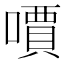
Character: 𠿪